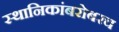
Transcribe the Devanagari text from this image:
स्थानिकांबरोबरच